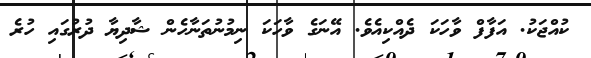
ކުއްޖަކު. އަފާފް ވާހަކަ ދެއްކިއެވެ. އޭނަގެ ވާހަކަ ނިމުނުތަނާހެން ޝާދިޔާ ދުރުގައި ހުރެ